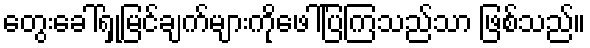
တွေးခေါ်ရှုမြင်ချက်များကိုဖေါ်ပြကြသည်သာ ဖြစ်သည်။